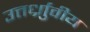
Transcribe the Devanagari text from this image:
उत्तर्ध्राुवीय